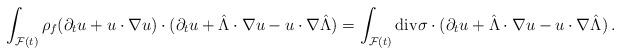
LaTeX: \begin{align*}\int_{\mathcal F(t)} \rho_f(\partial_t u + u \cdot \nabla u ) \cdot (\partial_t u + \hat{\Lambda} \cdot \nabla u - u \cdot \nabla \hat{\Lambda} )= \int_{\mathcal F(t)} {\rm div} \sigma \cdot (\partial_t u + \hat{\Lambda} \cdot \nabla u - u \cdot \nabla \hat{\Lambda} )\,.\end{align*}